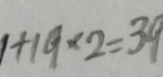
1 + 1 9 \times 2 = 3 9